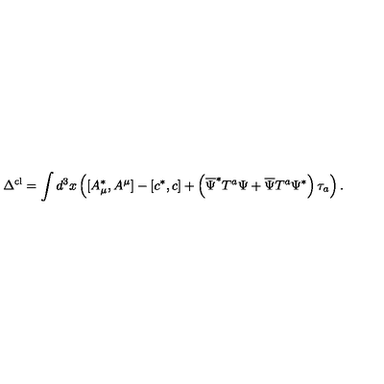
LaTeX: \Delta ^ { \mathrm { c l } } = \int d ^ { 3 } x \left( [ A _ { \mu } ^ { * } , A ^ { \mu } ] - \left[ c ^ { * } , c \right] + \left( \overline { { \Psi } } ^ { * } T ^ { a } \Psi + \overline { { \Psi } } T ^ { a } \Psi ^ { * } \right) \tau _ { a } \right) .